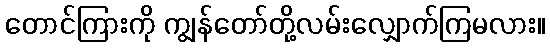
တောင်ကြားကို ကျွန်တော်တို့လမ်းလျှောက်ကြမလား။